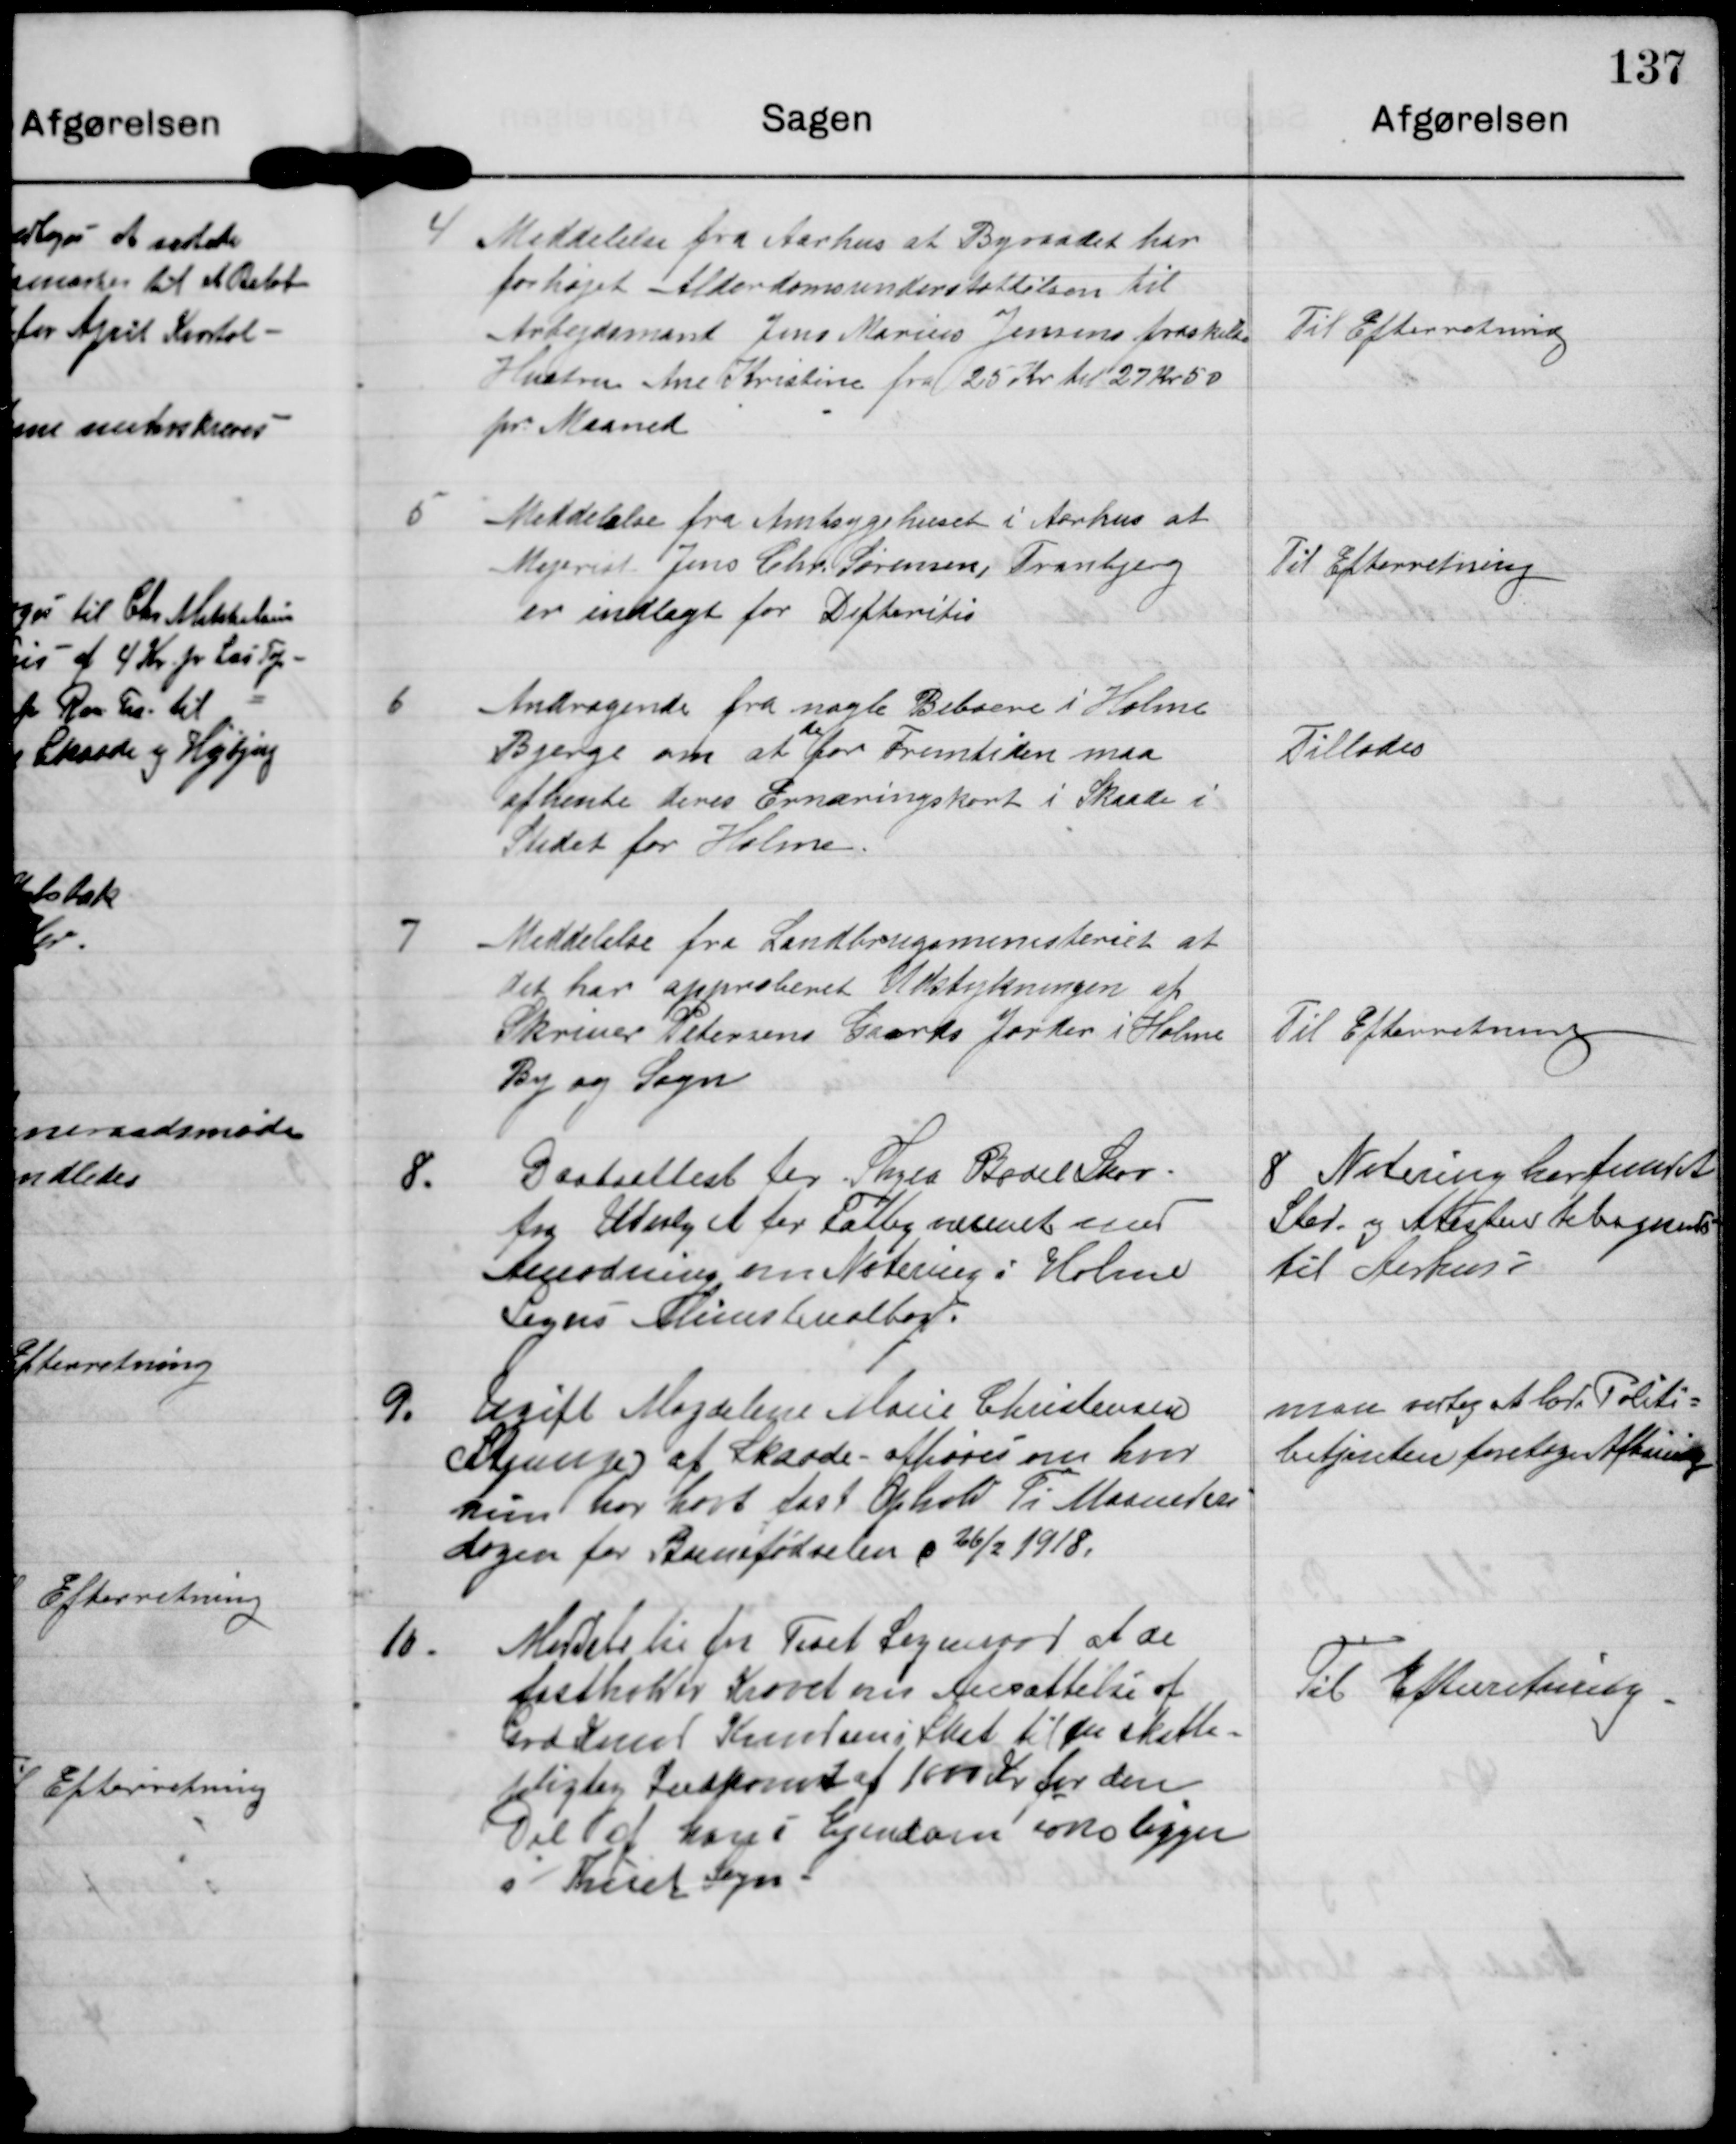
Transskription:
4

Meddelelse fra Aarhus at Byraadet har
forhøjet Alderdomsunderstøttelsen til
Arbejdsmand Jens Marius Jensens fraskilte
Hustru Ane Kristine fra 25 kr til 27 Kr 50
pr Maaned

Til Efterretning

5

Meddelelse fra Amtsygehuset i Aarhus at
Mejerist Jens Chr. Sørensen, Tranbjerg
er indlagt for Difteritis

Til Efterretning

6

Andragende fra nogle Beboere i Holme
de
Bjerge om at for Fremtiden maa
afhente deres Ernæringskort i Skaade i
stedet for Holme

Tillades

7

Meddelelse fra Landbrugsministeriet at
det har approberet Udstykningen af
Skriver Petersens Gaards Jorder i Holme
By og Sogn

Til Efterretning

8.

Daabsattest for Thyra Bodil Skov
fra Udvalget for Fattigvæsenet med
Anmodning om Notering i Holme
Sogns Ministerielbog.

8 Notering har fundet
Sted og Attesten tilbagesendt
til Aarhus.

9.

Ugift Magdalene Marie Christensen
Strunge af Skaade afhøres om hvor
hun har havt fast Ophold Ti Maaneders
dagen for Barnefødselen d 26/2 1918.

man vedtog at lade Politi-
betjenten foretage Afhøring.

10.

Meddelelse fra Tiset Sogneraad at de
fastholder Kravet om Ansættelse af
Grd Knud Knudsens Skat til en skatte-
pligtig Indkomst af 1000 Kr for den
Del af hans Ejendom som ligger
i Thiset Sogn.

Til Efterretning